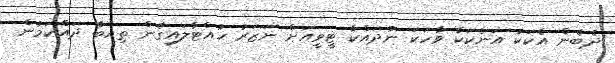
ދެބެން އެކަކު އަނެކަކާ ވާހަކަ ނުދައްކާ ޓީވީއަށް ނަޒަރު ހުއްޓާލައިގެން ތިއްބާ ދައްކަމުން